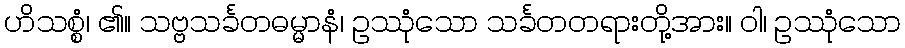
ဟိသစ္စံ၊ ၏။ သဗ္ဗသင်္ခတဓမ္မာနံ၊ ဥဿုံသော သင်္ခတတရားတို့အား။ ဝါ၊ ဥဿုံသော